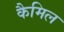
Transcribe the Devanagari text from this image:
कैमिल